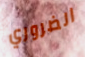
الضروري